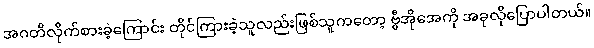
အဂတိလိုက်စားခဲ့ကြောင်း တိုင်ကြားခဲ့သူလည်းဖြစ်သူကတော့ ဗွီအိုအေကို အခုလိုပြောပါတယ်။